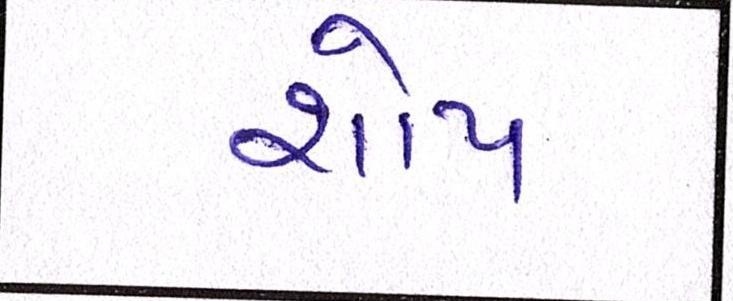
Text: શોપ